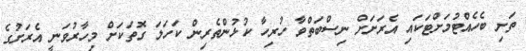
ތަށި ބެހެއްޓުމަށްޓަކައި އެރަށަށް ނިސްބަތްވާ ހުރިހާ ކުޅުންތެރިން ކަހަލަ ގޮތަކަށް މިހާރުވަނީ އެރަށުގެ